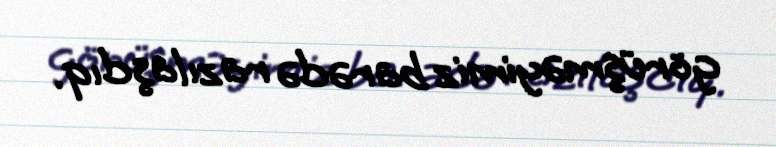
görüşməyimiz barədə razılaşdıq.